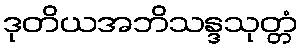
ဒုတိယအဘိသန္ဒသုတ္တံ